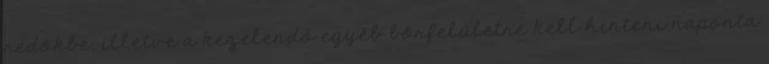
redőkbe, illetve a kezelendő egyéb bőrfelületre kell hinteni naponta